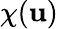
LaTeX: \chi(\mathbf{u})